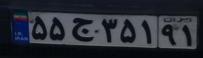
۵۵ج۳۵۱۹۱